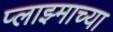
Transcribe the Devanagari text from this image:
प्लाझ्माच्या